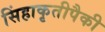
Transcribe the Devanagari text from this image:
सिंहाकृतीपैकी